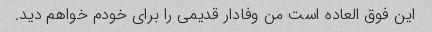
این فوق العاده است من وفادار قدیمی را برای خودم خواهم دید.